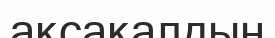
ақсақалдын